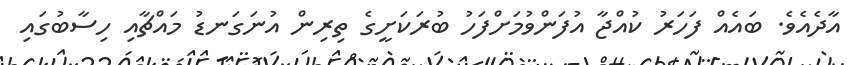
އާދެއެވެ. ބައެއް ފަހަރު ކުއްޖާ އުފަންވުމަށްފަހު ބުރަކަށީގެ ތިރިން އުނަގަނޑު މައްޗާއި ހިސާބުގައި